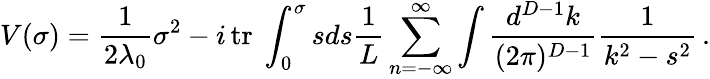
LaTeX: V(\sigma)=\frac{1}{2\lambda_{0}}\sigma^{2}-i\, \mathrm{tr}\ \displaystyle\int_{0}^{\sigma}sds\frac{1}{L}\sum_{n=-\infty}^{\infty}\int\frac{d^{D-1}k}{(2\pi)^{D-1}}\frac{1}{k^{2}-s^{2}}\, .